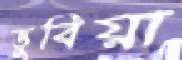
ডুবিয়া